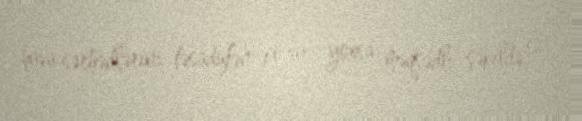
hava sərhədlərini təsadüfən pozur, yoxsa məqsədlı şəkildə?.